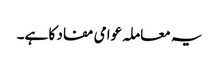
یہ معاملہ عوامی مفاد کا ہے۔